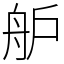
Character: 舮